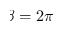
\beta = 2 \pi